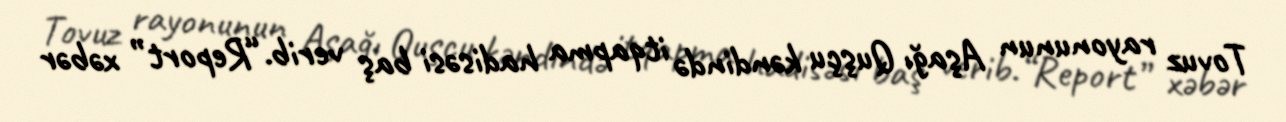
Tovuz rayonunun Aşağı Quşçu kəndində itqapma hadisəsi baş verib.“Report” xəbər